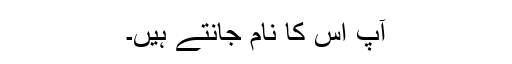
آپ اس کا نام جانتے ہیں۔